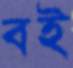
বই